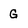
Character: G